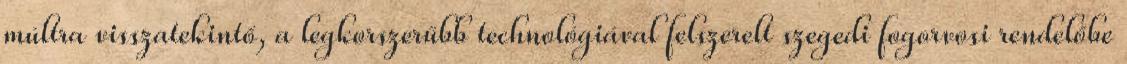
múltra visszatekintő, a legkorszerűbb technológiával felszerelt szegedi fogorvosi rendelőbe